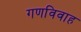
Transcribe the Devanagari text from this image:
गणविवाह